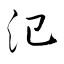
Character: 氾